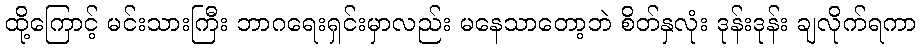
ထို့ကြောင့် မင်းသားကြီး ဘာဂရေးရှင်းမှာလည်း မနေသာတော့ဘဲ စိတ်နှလုံး ဒုန်းဒုန်း ချလိုက်ရကာ